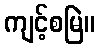
ကျင့်စမြဲ။